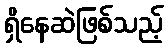
ရှိနေဆဲဖြစ်သည့်